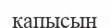
қапысын